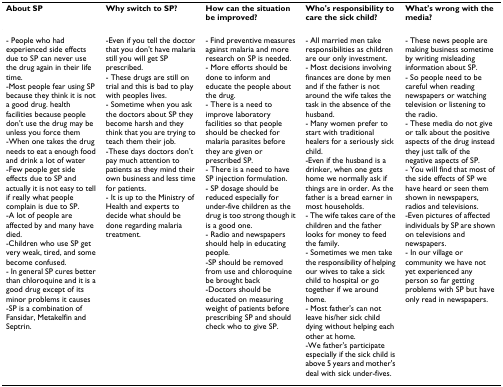
<table><thead><tr><td><b>About SP</b></td><td><b>Why switch to SP?</b></td><td><b>How can the situation be improved?</b></td><td><b>Who's responsibility to care the sick child?</b></td><td><b>What's wrong with the media?</b></td></tr></thead><tbody><tr><td>- People who had experienced side effects due to SP can never use the drug again in their life time.-Most people fear using SP because they think it is not a good drug. health facilities because people don't use the drug may be unless you force them-When one takes the drug needs to eat a enough food and drink a lot of water-Few people get side effects due to SP and actually it is not easy to tell if really what people complain is due to SP.-A lot of people are affected by and many have died.-Children who use SP get very weak, tired, and some become confused.- In general SP cures better than chloroquine and it is a good drug except of its minor problems it causes-SP is a combination of Fansidar, Metakelfin and Septrin.</td><td>-Even if you tell the doctor that you don't have malaria still you will get SP prescribed.- These drugs are still on trial and this is bad to play with peoples lives.- Sometime when you ask the doctors about SP they become harsh and they think that you are trying to teach them their job.-These days doctors don't pay much attention to patients as they mind their own business and less time for patients.- It is up to the Ministry of Health and experts to decide what should be done regarding malaria treatment.</td><td>- Find preventive measures against malaria and more research on SP is needed.- More efforts should be done to inform and educate the people about the drug.- There is a need to improve laboratory facilities so that people should be checked for malaria parasites before they are given or prescribed SP.- There is a need to have SP injection formulation.- SP dosage should be reduced especially for under-five children as the drug is too strong though it is a good one.- Radio and newspapers should help in educating people.-SP should be removed from use and chloroquine be brought back-Doctors should be educated on measuring weight of patients before prescribing SP and should check who to give SP.</td><td>- All married men take responsibilities as children are our only investment.- Most decisions involving finances are done by men and if the father is not around the wife takes the task in the absence of the husband.- Many women prefer to start with traditional healers for a seriously sick child.-Even if the husband is a drinker, when one gets home we normally ask if things are in order. As the father is a bread earner in most households.- The wife takes care of the children and the father looks for money to feed the family.- Sometimes we men take the responsibility of helping our wives to take a sick child to hospital or go together if we around home.- Most father's can not leave his/her sick child dying without helping each other at home.-We father's participate especially if the sick child is above 5 years and mother's deal with sick under-fives.</td><td>- These news people are making business sometime by writing misleading information about SP.- So people need to be careful when reading newspapers or watching television or listening to the radio.- These media do not give or talk about the positive aspects of the drug instead they just talk of the negative aspects of SP.- You will find that most of the side effects of SP we have heard or seen them shown in newspapers, radios and televisions.-Even pictures of affected individuals by SP are shown on televisions and newspapers.- In our village or community we have not yet experienced any person so far getting problems with SP but have only read in newspapers.</td></tr></tbody></table>